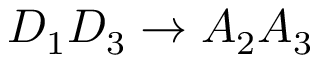
D _ { 1 } D _ { 3 } \rightarrow A _ { 2 } A _ { 3 }